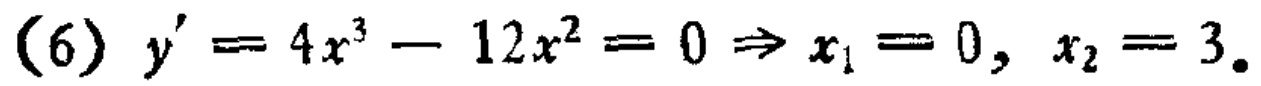
\((6) y' = 4x^{3}-12x^{2}=0\Rightarrow x_{1}=0, x_{2}=3.\)